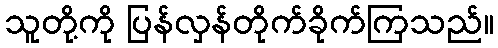
သူတို့ကို ပြန်လှန်တိုက်ခိုက်ကြသည်။